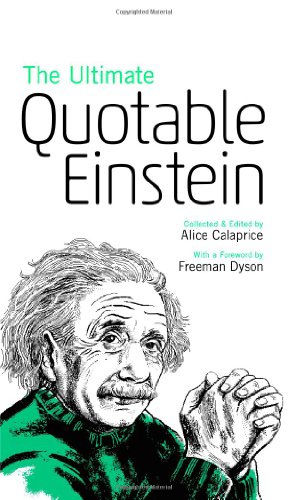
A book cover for The Ultimate Quotable Einstein; Albert Einstein; Reference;